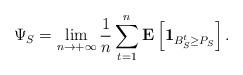
LaTeX: \begin{align*}\Psi_S = \lim_{n \to +\infty} \frac{1}{n} \sum_{t = 1}^{n} \mathbf{E} \left[ \mathbf{1}_{B_{S}^{t} \geq P_{S}} \right].\end{align*}